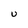
Character: U